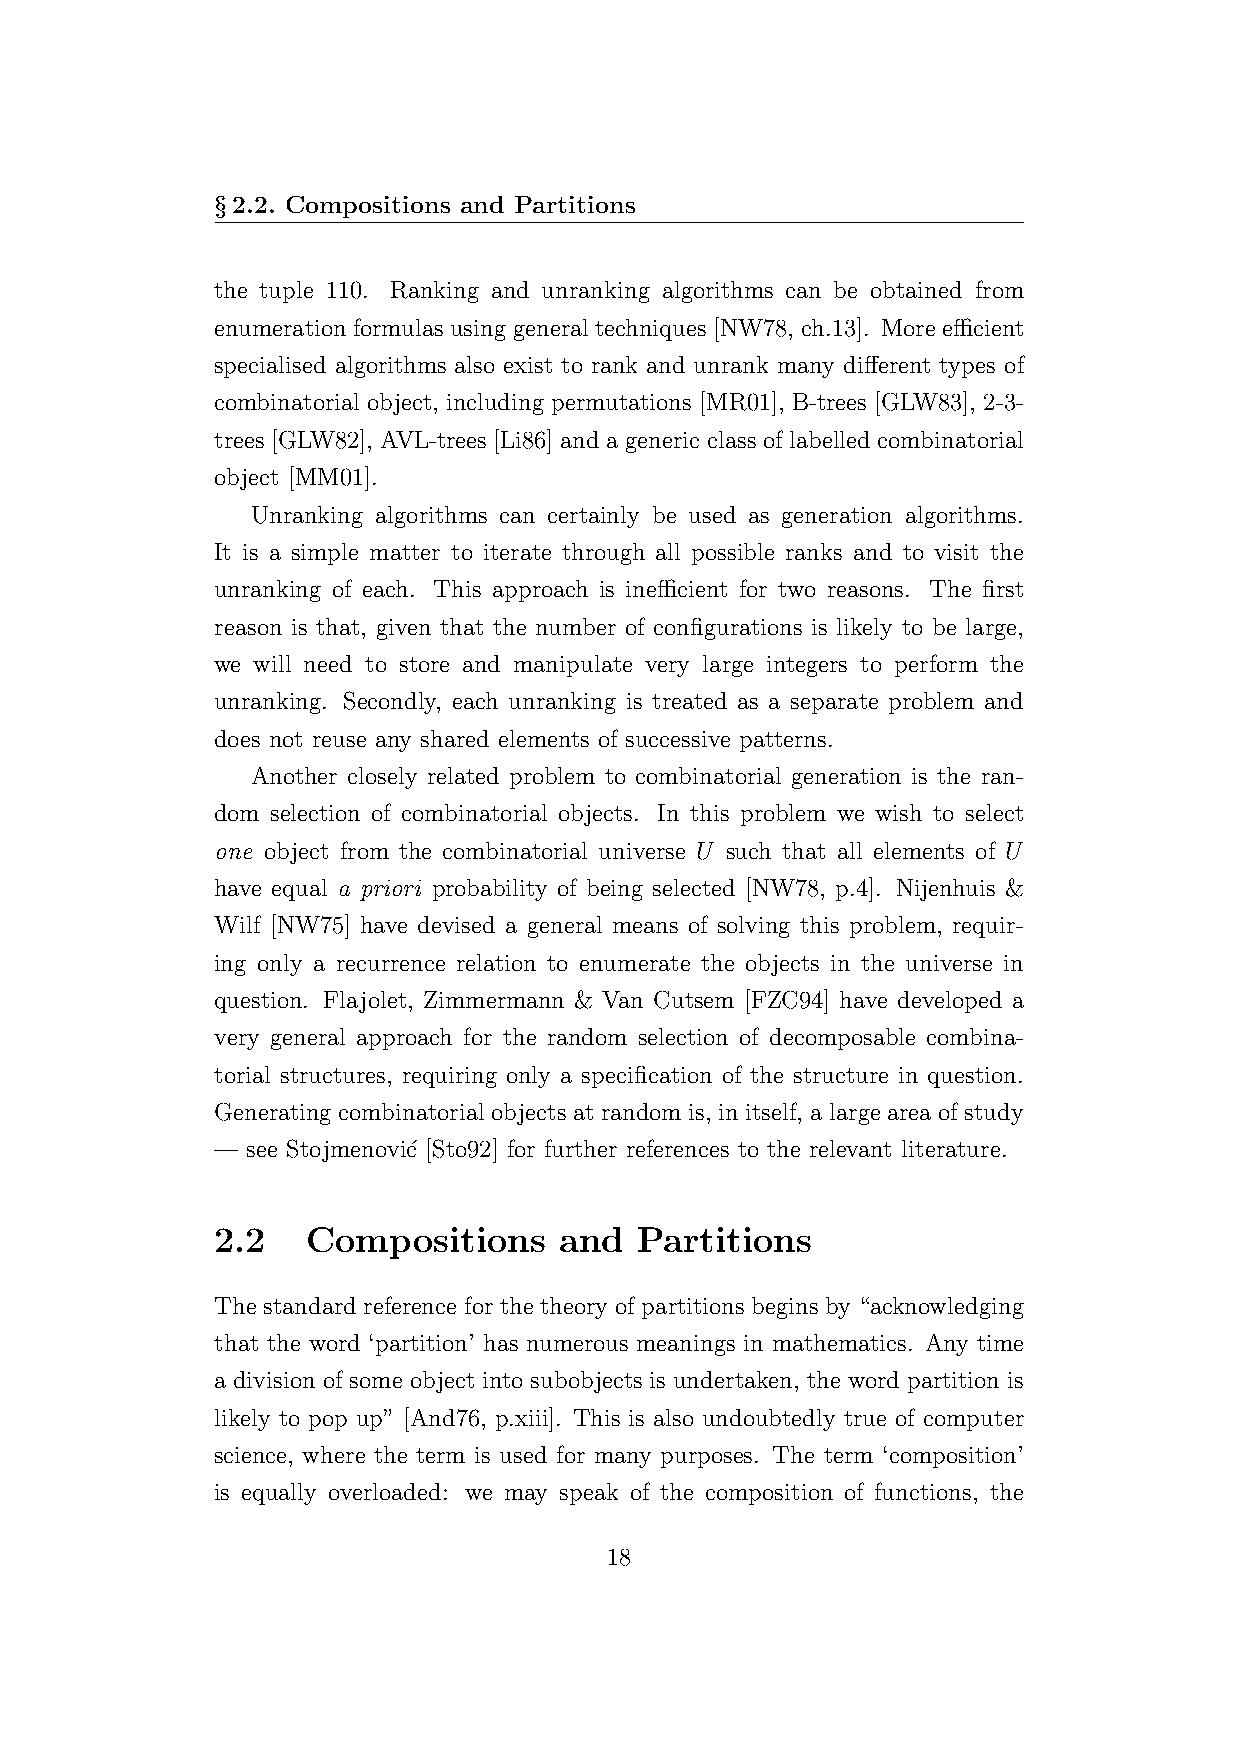
§2.2. Compositions and Partitions
 the tuple 110. Ranking and unranking algorithms can be obtained from
 enumeration formulas using general techniques [NW78, ch.13]. More efficient
 specialised algorithms also exist to rank and unrank many different types of
 combinatorial object, including permutations [MR01], B-trees [GLW83], 2-3-
 trees [GLW82], AVL-trees [Li86] and a generic class of labelled combinatorial
 object [MM01].
 Unranking algorithms can certainly be used as generation algorithms.
 It is a simple matter to iterate through all possible ranks and to visit the
 unranking of each. This approach is inefficient for two reasons. The first
 reason is that, given that the number of configurations is likely to be large,
 we will need to store and manipulate very large integers to perform the
 unranking. Secondly, each unranking is treated as a separate problem and
 does not reuse any shared elements of successive patterns.
 Another closely related problem to combinatorial generation is the ran-
 dom selection of combinatorial objects. In this problem we wish to select
 one object from the combinatorial universe U such that all elements of U
 have equal a priori probability of being selected [NW78, p.4]. Nijenhuis &
 Wilf [NW75] have devised a general means of solving this problem, requir-
 ing only a recurrence relation to enumerate the objects in the universe in
 question. Flajolet, Zimmermann & Van Cutsem [FZC94] have developed a
 very general approach for the random selection of decomposable combina-
 torial structures, requiring only a specification of the structure in question.
 Generating combinatorial objects at random is, in itself, a large area of study
 — see Stojmenovi´c [Sto92] for further references to the relevant literature.
 2.2   Compositions     and  Partitions
 The standard reference for the theory of partitions begins by “acknowledging
 that the word ‘partition’ has numerous meanings in mathematics. Any time
 a division of some object into subobjects is undertaken, the word partition is
 likely to pop up” [And76, p.xiii]. This is also undoubtedly true of computer
 science, where the term is used for many purposes. The term ‘composition’
 is equally overloaded: we may speak of the composition of functions, the
 18